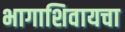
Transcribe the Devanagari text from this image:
भागाशिवायचा